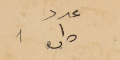
عدد ١ ص #١